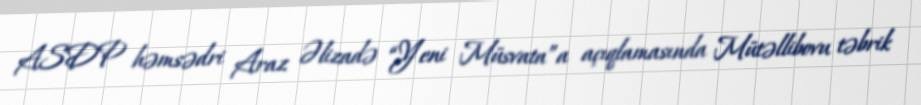
ASDP həmsədri Araz Əlizadə “Yeni Müsvata”a açıqlamasında Mütəllibovu təbrik